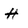
Character: H